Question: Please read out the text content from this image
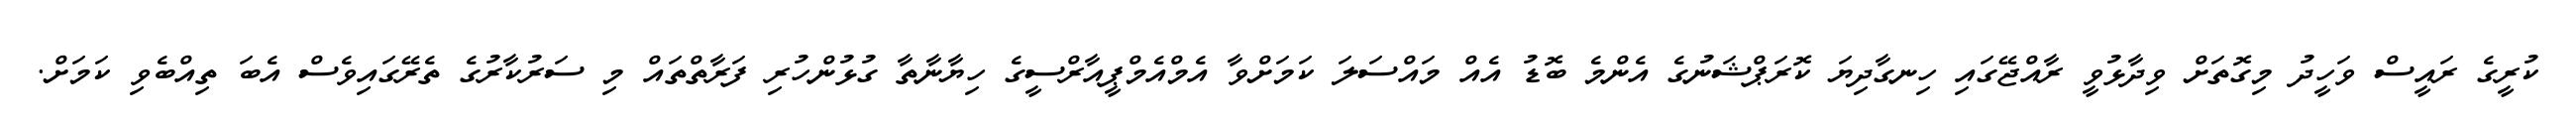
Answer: ކުރީގެ ރައީސް ވަހީދު މިގޮތަށް ވިދާޅުވީ ރާއްޖޭގައި ހިނގާދިޔަ ކޮރަޕްޝަނުގެ އެންމެ ބޮޑު އެއް މައްސަލަ ކަމަށްވާ އެމްއެމްޕީއާރްސީގެ ހިޔާނާތާ ގުޅުންހުރި ފަރާތްތައް މި ސަރުކާރުގެ ތެރޭގައިވެސް އެބަ ތިއްބެވި ކަމަށް.